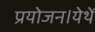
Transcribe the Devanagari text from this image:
प्रयोजन।येथें